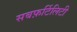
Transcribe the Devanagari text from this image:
सबफ़र्टिलिटी